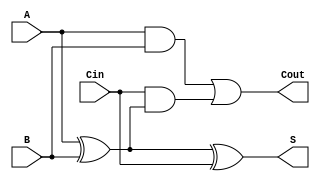
module FullAdder (
    input wire A,      // First input bit
    input wire B,      // Second input bit
    input wire Cin,    // Carry-in bit
    output wire S,     // Sum output
    output wire Cout   // Carry-out output
);

// Internal wires for hierarchical structure
wire X1;            // Intermediate sum for A and B
wire AB;            // Intermediate product for A and B
wire Cin_X1;       // Intermediate product for Cin and (A XOR B)

// Sum Calculation
assign X1 = A ^ B;         // First XOR gate: X1 = A XOR B
assign S = X1 ^ Cin;       // Second XOR gate: S = X1 XOR Cin

// Carry-Out Calculation
assign AB = A & B;         // AND gate: AB = A AND B
assign Cin_X1 = Cin & X1;  // AND gate: Cin_X1 = Cin AND (A XOR B)
assign Cout = AB | Cin_X1; // OR gate: Cout = AB OR Cin_X1

endmodule